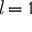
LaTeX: { \mathit { l } } = 1